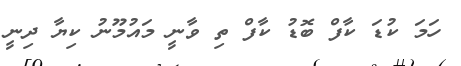
ހަމަ ކުޑަ ކާފް ބޮޑު ކާފް ތި ވާނީ މައުމޫނު ކިޔާ ދިނީ